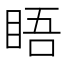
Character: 𥆐